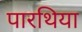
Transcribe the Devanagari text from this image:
पारथिया